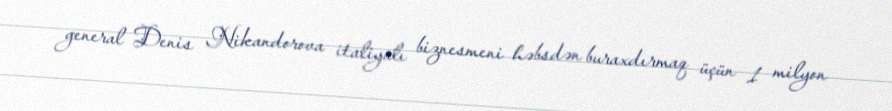
general Denis Nikandorova italiyalı biznesmeni həbsdən buraxdırmaq üçün 1 milyon